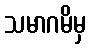
သမာဂမိမှ